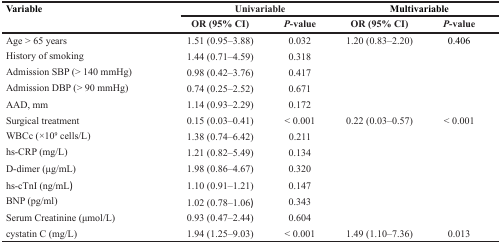
<table><thead><tr><td rowspan="2"><b>Variable</b></td><td colspan="2"><b>Univariable</b></td><td colspan="2"><b>Multivariable</b></td></tr><tr><td><b>OR (95% CI)</b></td><td><b>P-value</b></td><td><b>OR (95% CI)</b></td><td><b>P-value</b></td></tr></thead><tbody><tr><td>Age &gt; 65 years</td><td>1.51 (0.95–3.88)</td><td>0.032</td><td>1.20 (0.83–2.20)</td><td>0.406</td></tr><tr><td>History of smoking</td><td>1.44 (0.71–4.59)</td><td>0.318</td><td></td><td></td></tr><tr><td>Admission SBP (&gt; 140 mmHg)</td><td>0.98 (0.42–3.76)</td><td>0.417</td><td></td><td></td></tr><tr><td>Admission DBP (&gt; 90 mmHg)</td><td>0.74 (0.25–2.52)</td><td>0.671</td><td></td><td></td></tr><tr><td>AAD, mm</td><td>1.14 (0.93–2.29)</td><td>0.172</td><td></td><td></td></tr><tr><td>Surgical treatment</td><td>0.15 (0.03–0.41)</td><td>&lt; 0.001</td><td>0.22 (0.03–0.57)</td><td>&lt; 0.001</td></tr><tr><td>WBCc (×10<sup>9</sup> cells/L)</td><td>1.38 (0.74–6.42)</td><td>0.211</td><td></td><td></td></tr><tr><td>hs-CRP (mg/L)</td><td>1.21 (0.82–5.49)</td><td>0.134</td><td></td><td></td></tr><tr><td>D-dimer (μg/mL)</td><td>1.98 (0.86–4.67)</td><td>0.320</td><td></td><td></td></tr><tr><td>hs-cTnI (ng/mL)</td><td>1.10 (0.91–1.21)</td><td>0.147</td><td></td><td></td></tr><tr><td>BNP (pg/ml)</td><td>1.02 (0.78–1.06)</td><td>0.343</td><td></td><td></td></tr><tr><td>Serum Creatinine (μmol/L)</td><td>0.93 (0.47–2.44)</td><td>0.604</td><td></td><td></td></tr><tr><td>cystatin C (mg/L)</td><td>1.94 (1.25–9.03)</td><td>&lt; 0.001</td><td>1.49 (1.10–7.36)</td><td>0.013</td></tr></tbody></table>